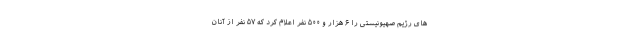
های رژیم صهیونیستی را ۶ هزار و ۵۰۰ نفر اعلام کرد که ۵۷ نفر از آنان